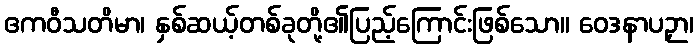
ဧကဝီသတိမာ၊ နှစ်ဆယ့်တစ်ခုတို့၏ပြည့်ကြောင်းဖြစ်သော။ ဝေဒနာပဉှာ၊